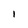
Character: l